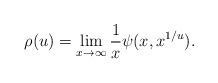
LaTeX: \begin{align*}\rho(u)=\lim_{x \rightarrow \infty} \frac{1}{x}\psi(x, x^{1/u}).\end{align*}